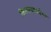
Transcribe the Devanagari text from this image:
किल्ल्यापर्यन्त